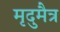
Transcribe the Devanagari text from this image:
मृदुमैत्र